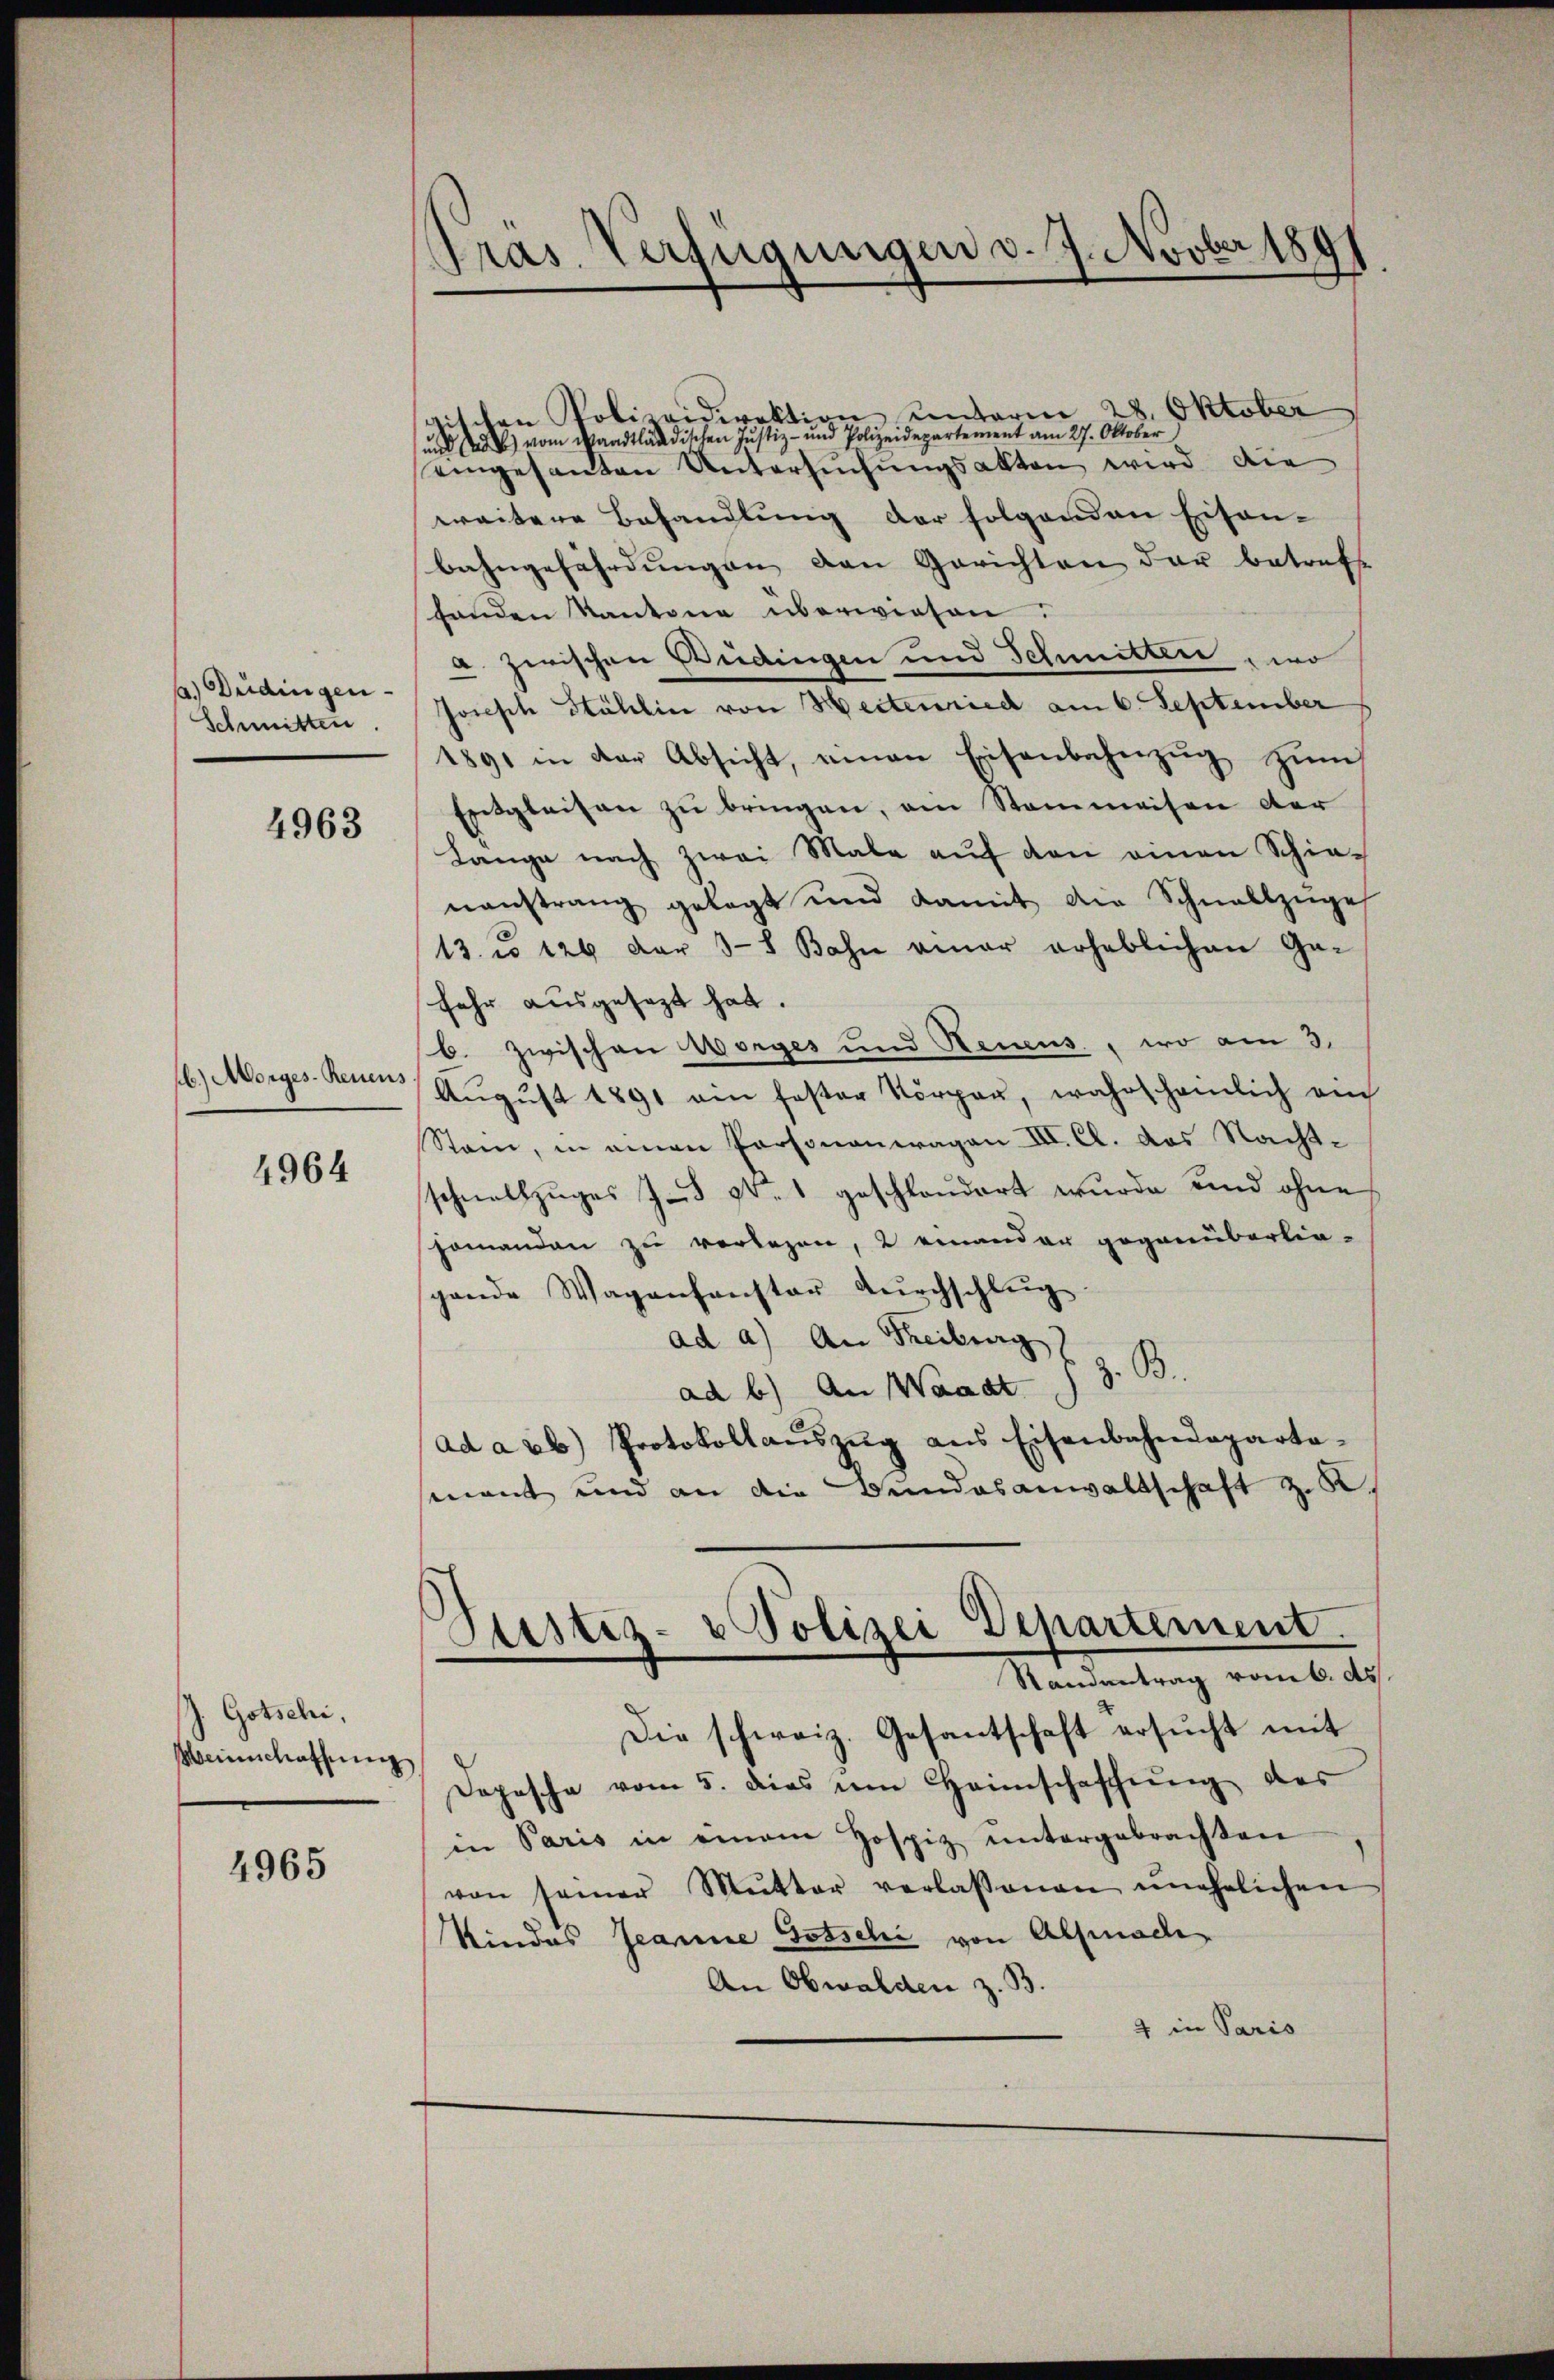
a) Bedingen
Schmitten

4963

fl.) Morges-Renens

4964

h. Gotschi,
Weinschaffung

4965

Pras. Verfügungen d. 7. Novber 1891

schen Polizeidirektion unterm 28. Oktober
) vom Waadtländischen Justiz- und Polizeidepartement am 27. Oktober,
eingesanten Untersuchungsakten wird die
weitere Behandlung der folgenden Eisen-
bahngefährdungen den Gerichten der betreffe
fonden Kantone überwiesen.
a. zwischen Bedingen und Schmittler, wo
Joisch Stählin von Hectenried am 6. September
1891 in der Absicht, einen Eisenbahnzŭg zŭm
Entgleiten zu bringen, am Stammeisen der
Lange nach zwei Male auf den einen Schienanstrang gelegt und damit die Schnellzüge
13. u 120 der 38 Bahn einer erheblichen Ge-
fehr ausgesetzt hat.
b. Zwischen Morges und Benens, wo am 3.
August 1891 am fester Körper, wahrschamlich ein
Stain, in einen Personauwagen III. Cl. das Nachtschnellzuges J. 90. 1 geschlaudert wurde und ohne
jomanden zu vorlesen, 2 einander gegenüberlie-
gende Waganfanstor Durchschlug
ad a) An Freiburg,
z. B.
ad b.) An Waadt
ad a eb) Protokollaŭszŭg ans Eisenbahndeparta-
mant und an die Bundesanwaltschaft z. B.
Dustiz- & Polizei Departement.
Randantrag vom 6. ds.
Die schweiz. Gesantschaft ersŭcht mit
Dopische vom 5. dies im Heimschaffŭng des
in Paris in einem Hospiz ŭntergebrachten
von seiner Mŭtter verlassenen ŭnehelichen
Kindes Jeanne Totschi von Alpnach
An Obwalden z. B.
4 in Paris